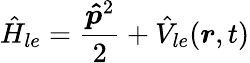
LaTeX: \hat{H}_{le}=\frac{\boldsymbol{\hat{p}}^{2}}{2}+\hat{V}_{le}(\boldsymbol{r},t)